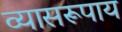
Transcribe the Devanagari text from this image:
व्यासरूपाय